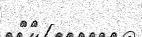
٩١